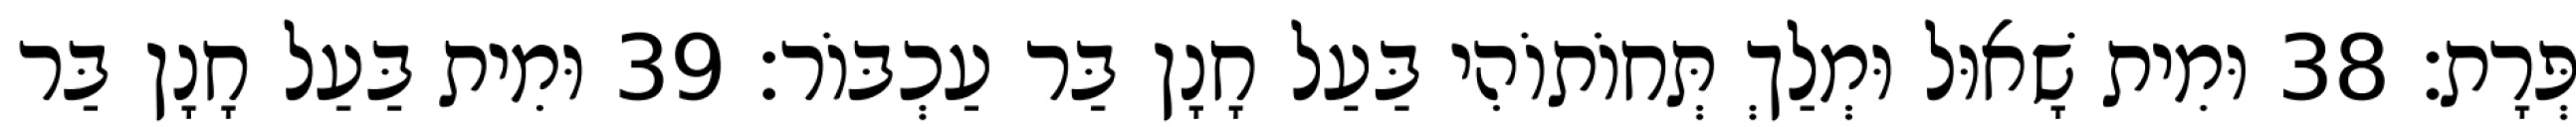
פְּרָת׃ 38 וּמִית שָׁאוּל וּמְלַךְ תְּחוֹתוֹהִי בַּעַל חָנָן בַּר עַכְבּוֹר׃ 39 וּמִית בַּעַל חָנָן בַּר